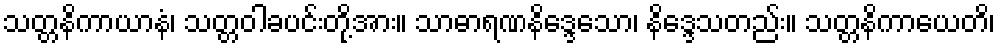
သတ္တနိကာယာနံ၊ သတ္တဝါခပင်းတို့အား။ သာဓာရဏနိဒ္ဒေသော၊ နိဒ္ဒေသတည်း။ သတ္တနိကာယေတိ၊